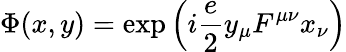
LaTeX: \Phi(x,y)=\exp\left(i\frac{e}{2}y_{\mu}F^{\mu\nu}x_{\nu}\right)